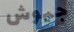
جيوش